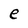
Character: e